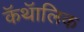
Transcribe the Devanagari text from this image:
कॅथॅालिक